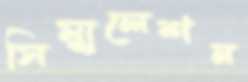
সিম্যুলেশন